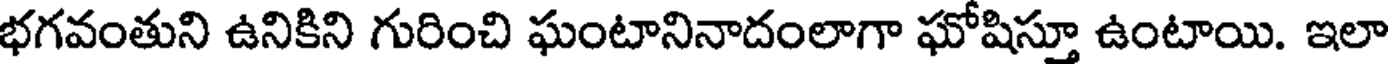
భగవంతుని ఉనికిని గురించి ఘంటానినాదంలాగా ఘోషిస్తూ ఉంటాయి. ఇలా